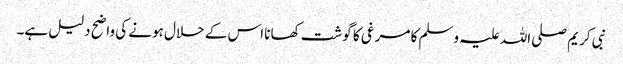
نبی کریم صلی اللہ علیہ وسلم کا مرغی کا گوشت کھانا اس کے حلال ہونے کی واضح دلیل ہے۔